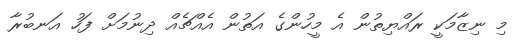
މި ނިޒާމަކީ ރައްޔިތުން އެ މީހުންގެ އަތުން އެއްޗެއް ދިނުމަށް ފަހު އަނބުރާ